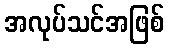
အလုပ်သင်အဖြစ်